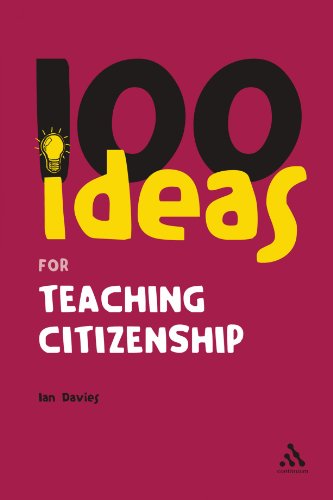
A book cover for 100 Ideas for Teaching Citizenship (Continuums One Hundreds); Ian Davies; Test Preparation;